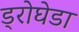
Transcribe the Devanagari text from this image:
ड्रोघेडा